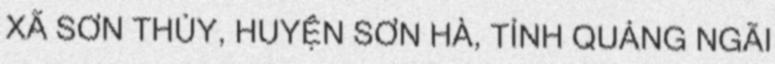
XÃ SƠN THỦY, HUYỆN SƠN HÀ, TỈNH QUẢNG NGÃI